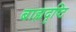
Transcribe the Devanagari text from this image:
बाह्यदृष्टि